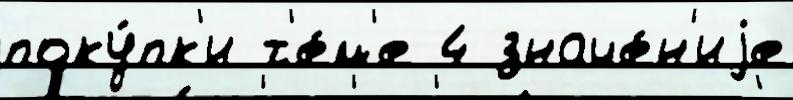
поку́пк'и т'е́м'е 4 значе́н'иjе